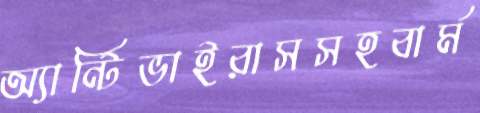
অ্যান্টিভাইরাসসহবার্ম